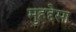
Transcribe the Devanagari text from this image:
मुहद्देसा